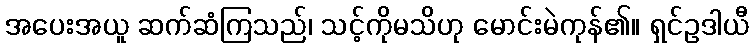
အပေးအယူ ဆက်ဆံကြသည်၊ သင့်ကိုမသိဟု မောင်းမဲကုန်၏။ ရှင်ဥဒါယီ